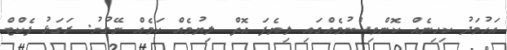
އަހުމަދު ކިހިނެއް ކޮންވިސްނުމެއްގައި ލިޔެފަ އޮތް ލިޔުމެއް ކަމެއް ނޭގުނު. ރަގަޅު ފެކްޓް